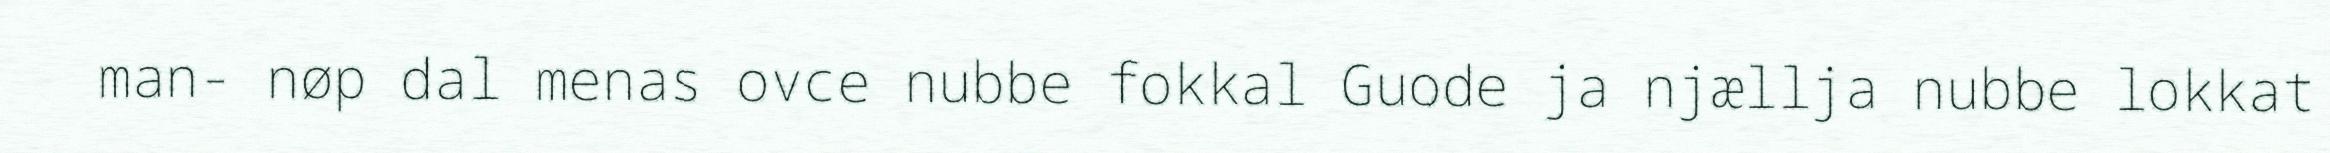
man- nøp dal menas ovce nubbe fokkal Guode ja njællja nubbe lokkat